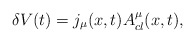
\begin{align*}\delta V(t)= j_\mu (x,t) A^{\mu}_{cl}(x,t), \end{align*}